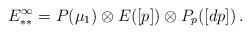
LaTeX: \begin{align*}E^\infty_{**} = P(\mu_1) \otimes E([p]) \otimes P_p([dp]) \,.\end{align*}